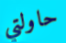
حاولتي